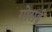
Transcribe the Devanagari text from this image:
गोसई